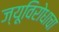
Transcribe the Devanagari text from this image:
ज्यूविरोधाचा